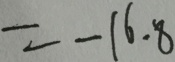
= - 1 6 . 8